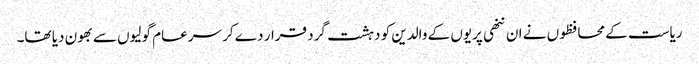
ریاست کے محافظوں نے ان ننھی پریوں کے والدین کو دہشت گرد قرار دے کر سرعام گولیوں سے بھون دیا تھا۔